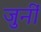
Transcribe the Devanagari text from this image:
जुनीं